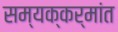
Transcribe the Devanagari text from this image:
सम्यक्कर्मांत